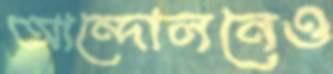
আন্দোলনেও